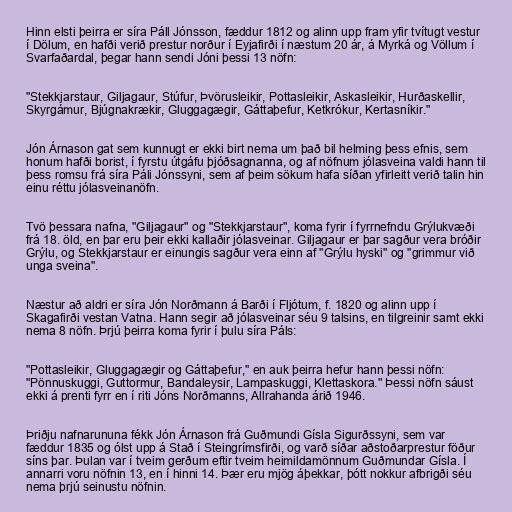
Hinn elsti þeirra er síra Páll Jónsson, fæddur 1812 og alinn upp fram yfir tvítugt vestur
í Dölum, en hafði verið prestur norður í Eyjafirði í næstum 20 ár, á Myrká og Völlum í
Svarfaðardal, þegar hann sendi Jóni þessi 13 nöfn:

"Stekkjarstaur, Giljagaur, Stúfur, Þvörusleikir, Pottasleikir, Askasleikir, Hurðaskellir,
Skyrgámur, Bjúgnakrækir, Gluggagægir, Gáttaþefur, Ketkrókur, Kertasníkir."

Jón Árnason gat sem kunnugt er ekki birt nema um það bil helming þess efnis, sem
honum hafði borist, í fyrstu útgáfu þjóðsagnanna, og af nöfnum jólasveina valdi hann til
þess romsu frá síra Páli Jónssyni, sem af þeim sökum hafa síðan yfirleitt verið talin hin
einu réttu jólasveinanöfn.

Tvö þessara nafna, "Giljagaur" og "Stekkjarstaur", koma fyrir í fyrrnefndu Grýlukvæði
frá 18. öld, en þar eru þeir ekki kallaðir jólasveinar. Giljagaur er þar sagður vera bróðir
Grýlu, og Stekkjarstaur er einungis sagður vera einn af "Grýlu hyski" og "grimmur við
unga sveina".

Næstur að aldri er síra Jón Norðmann á Barði í Fljótum, f. 1820 og alinn upp í
Skagafirði vestan Vatna. Hann segir að jólasveinar séu 9 talsins, en tilgreinir samt ekki
nema 8 nöfn. Þrjú þeirra koma fyrir í þulu síra Páls:

"Pottasleikir, Gluggagægir og Gáttaþefur," en auk þeirra hefur hann þessi nöfn:
"Pönnuskuggi, Guttormur, Bandaleysir, Lampaskuggi, Klettaskora." Þessi nöfn sáust
ekki á prenti fyrr en í riti Jóns Norðmanns, Allrahanda árið 1946.

Þriðju nafnarununa fékk Jón Árnason frá Guðmundi Gísla Sigurðssyni, sem var
fæddur 1835 og ólst upp á Stað í Steingrímsfirði, og varð síðar aðstoðarprestur föður
síns þar. Þulan var í tveim gerðum eftir tveim heimildamönnum Guðmundar Gísla. Í
annarri voru nöfnin 13, en í hinni 14. Þær eru mjög áþekkar, þótt nokkur afbrigði séu
nema þrjú seinustu nöfnin.